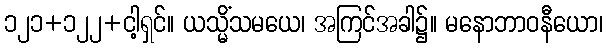
၁၂၁+၁၂၂+ငါ့ရှင်။ ယသ္မိံသမယေ၊ အကြင်အခါ၌။ မနောဘာဝနီယော၊